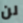
لن